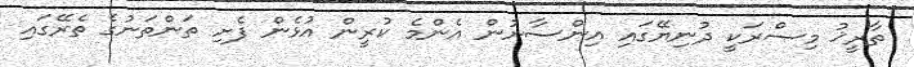
ތާރީޚު މިޞްރަކީ ދުނިޔޭގައި އިންސާނުން އެންމެ ކުރީން އުޅެން ފެށި ތަންތަނުގެ ތެރޭގައި